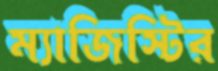
ম্যাজিস্টির